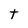
Character: t